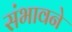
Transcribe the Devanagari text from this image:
संभावने